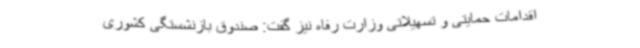
اقدامات حمایتی و تسهیلاتی وزارت رفاه نیز گفت: صندوق بازنشستگی کشوری